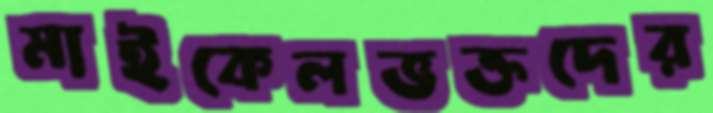
মাইকেলভক্তদের